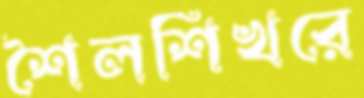
শৈলশিখরে